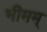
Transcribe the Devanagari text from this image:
भीमम्